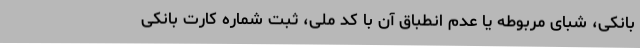
بانکی، شبای مربوطه یا عدم انطباق آن با کد ملی، ثبت شماره کارت بانکی